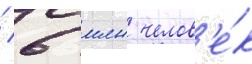
/ 6 млн челов'е́к